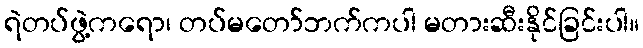
ရဲတပ်ဖွဲ့ကရော၊ တပ်မတော်ဘက်ကပါ မတားဆီးနိုင်ခြင်းပါ။